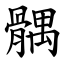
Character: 髃